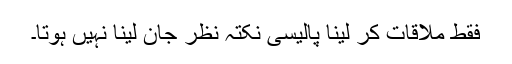
فقط ملاقات کر لینا پالیسی نکتہ نظر جان لینا نہیں ہوتا۔